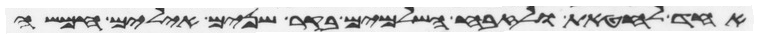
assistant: אחד לחטאת ולזבח השלמים בקר שנים אילים חמשה